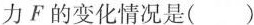
力F的变化情况是( )